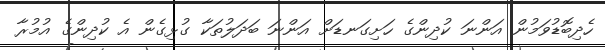
ހެދިބޮޑުވަމުން އަންނަ ކުދިންގެ ހަށިގަނޑަށް އަންނަ ބަދަލުތަކާ ގުޅިގެން އެ ކުދިންގެ އުމުރާ